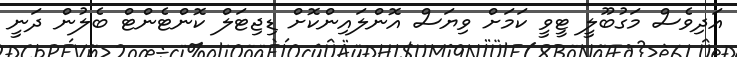
އަދިވެސް މަގުބޫލީ ޓީވީ ކަމަށް ވިޔަސް އޮންލައިންކޮށް ޑިޖިޓަލް ކޮންޓެންޓް ބެލުން ދަނީ